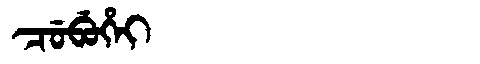
Manchu: ᠴᡠᠪᡠᡥᡝᡳ
Romanization: CUBUHEI